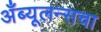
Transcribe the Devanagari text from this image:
अँब्यूलन्सचा